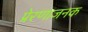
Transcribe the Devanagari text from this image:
प्रेरणाजनक